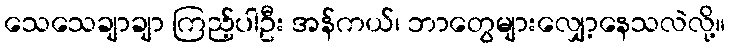
သေသေချာချာ ကြည့်ပါဦး အန်ကယ်၊ ဘာတွေများလျှော့နေသလဲလို့။